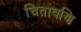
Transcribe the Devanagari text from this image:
चितावणि